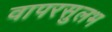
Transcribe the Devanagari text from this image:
वापरसुलभ